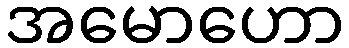
အမောဟော